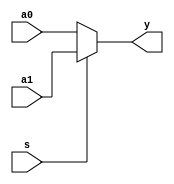
// copied from single cycle computer
module mux2x32 (a0,a1,s,y);

   input [31:0] a0,a1;
   input        s;
   
   output [31:0] y;
   
   assign y = s ? a1 : a0;
   
endmodule